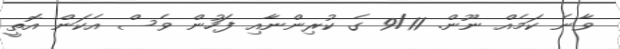
ވާނެ ކަމެއް ނޫން. 9/11 ގެ ކުރިންނާއި ފަހުން ވެސް އެކަން އޮތީ